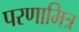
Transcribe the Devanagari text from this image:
परणामित्र